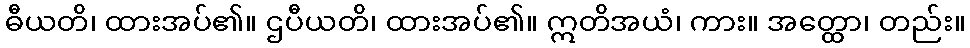
ဓီယတိ၊ ထားအပ်၏။ ဌပီယတိ၊ ထားအပ်၏။ ဣတိအယံ၊ ကား။ အတ္ထော၊ တည်း။